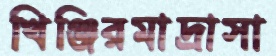
খিঞ্জিরমাদ্রাসা